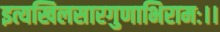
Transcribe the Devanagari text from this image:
इत्यखिलसारगुणाभिरामः।।